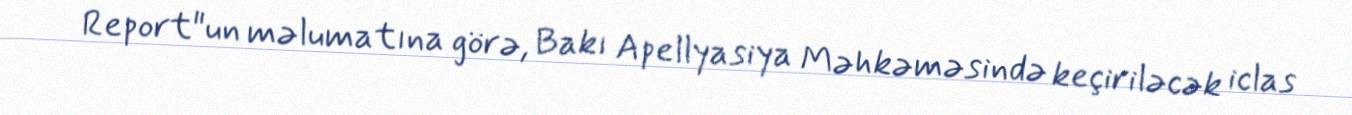
Report"un məlumatına görə, Bakı Apellyasiya Məhkəməsində keçiriləcək iclas